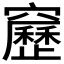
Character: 𥨻